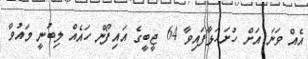
އެއް ވަނަ އަށް ހުށަހަޅާފައިވާ 64 ޖީބީގެ އައިފޯން ހައެއް ލިބުނީ މައުވާ